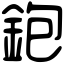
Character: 鉋